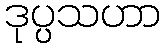
ဒုပ္ပသဟာ